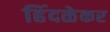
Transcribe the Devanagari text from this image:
हिंदळेकर